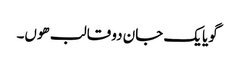
گویا یک جان دو قالب ھوں۔